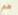
هم